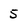
Character: 5